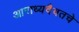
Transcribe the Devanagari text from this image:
आराध्यदैवतचे